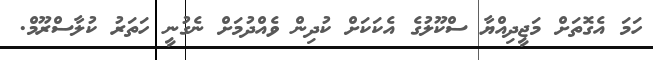
ހަމަ އެގޮތަށް މަޖީދިއްޔާ ސްކޫލުގެ އެކަކަށް ކުދިން ވެއްދުމަށް ނެގުނީ ހަަތަރު ކުލާސްރޫމް.